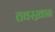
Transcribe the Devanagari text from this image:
तवस्ख़ान